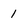
Character: 1